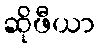
ဆိုဖီယာ